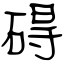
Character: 碍